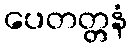
ပေတတ္တနံ